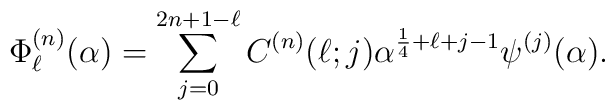
\Phi^{(n)}_{\ell}(\alpha)=\sum_{j=0}^{2n+1-\ell}C^{(n)}(\ell;j)\alpha^{\frac{1}{4}+\ell+j-1}\psi^{(j)}(\alpha).